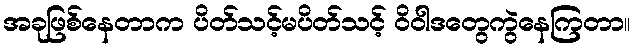
အခုဖြစ်နေတာက ပိတ်သင့်မပိတ်သင့် ဝိဝါဒတွေကွဲနေကြတာ။